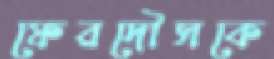
ফেরদৌসকে